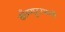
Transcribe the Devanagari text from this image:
काँम्प्युटरमध्ये